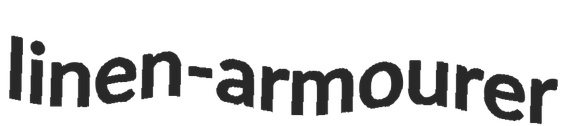
linen-armourer